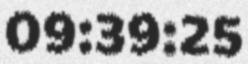
09:39:25